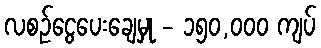
လစဉ်ငွေပေးချေမှု - ၁၅၀,၀၀၀ ကျပ်